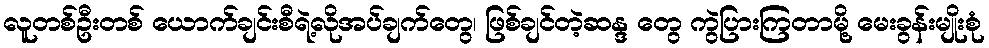
လူတစ်ဦးတစ် ယောက်ချင်းစီရဲ့လိုအပ်ချက်တွေ၊ ဖြစ်ချင်တဲ့ဆန္ဒ တွေ ကွဲပြားကြတာမို့ မေးခွန်းမျိုးစုံ